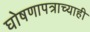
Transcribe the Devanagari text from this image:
घोषणापत्राच्याही